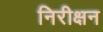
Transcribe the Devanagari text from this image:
निरीक्षन